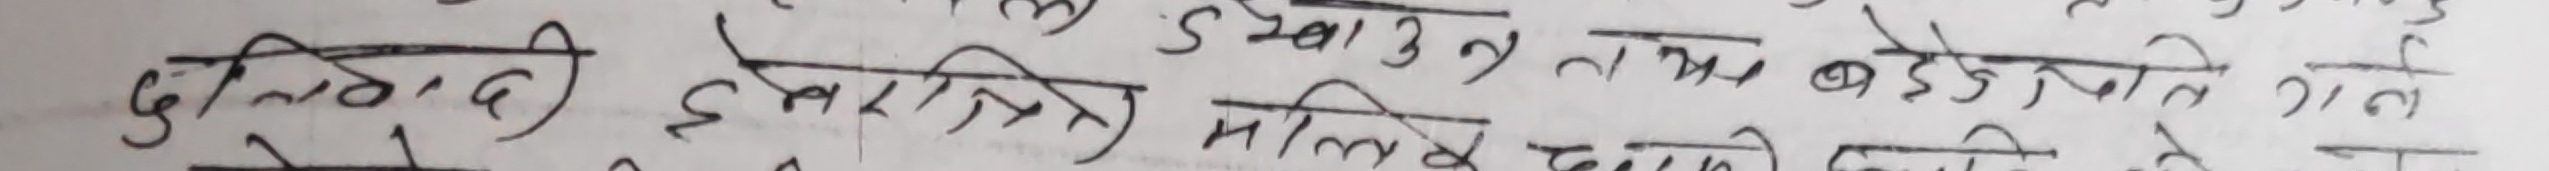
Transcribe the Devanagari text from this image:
बु लिंगदी इमारतके भित्तूमा